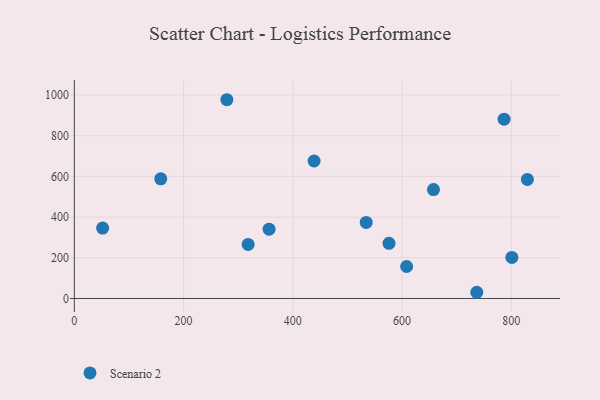
{"axis": {"x": "Ad Spend", "y": "Exam Score"}, "legend": ["Scenario 2"], "data": [{"x": "800.9", "y": 201.8, "type": "Scenario 2"}, {"x": "356.5", "y": 341.0, "type": "Scenario 2"}, {"x": "534.3", "y": 373.8, "type": "Scenario 2"}, {"x": "829.3", "y": 585.1, "type": "Scenario 2"}, {"x": "438.9", "y": 675.9, "type": "Scenario 2"}, {"x": "279.2", "y": 977.1, "type": "Scenario 2"}, {"x": "576.0", "y": 271.0, "type": "Scenario 2"}, {"x": "158.2", "y": 588.2, "type": "Scenario 2"}, {"x": "51.8", "y": 346.1, "type": "Scenario 2"}, {"x": "786.7", "y": 881.7, "type": "Scenario 2"}, {"x": "608.3", "y": 157.2, "type": "Scenario 2"}, {"x": "318.1", "y": 265.8, "type": "Scenario 2"}, {"x": "736.7", "y": 30.6, "type": "Scenario 2"}, {"x": "657.4", "y": 535.4, "type": "Scenario 2"}]}